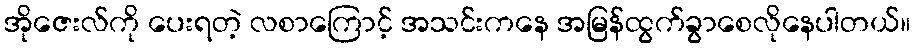
အိုဇေးလ်ကို ပေးရတဲ့ လစာကြောင့် အသင်းကနေ အမြန်ထွက်ခွာစေလိုနေပါတယ်။